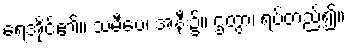
ရေအိုင်၏။ သမီပေ၊ အနီး၌။ ဌတွာ၊ ရပ်တည်၍။